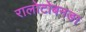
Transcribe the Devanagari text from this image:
रालोटोबनङा